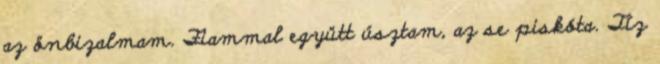
az önbizalmam. Fiammal együtt úsztam, az se piskóta. Tíz